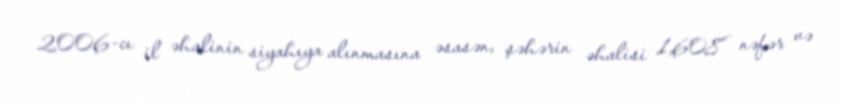
2006-cı il əhalinin siyahıya alınmasına əsasən, şəhərin əhalisi 1,608 nəfər və